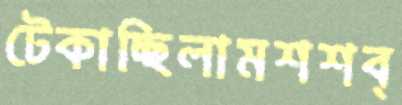
টেকাচ্ছিলামশশব্